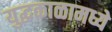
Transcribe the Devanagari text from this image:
युद्धकाळामध्ये